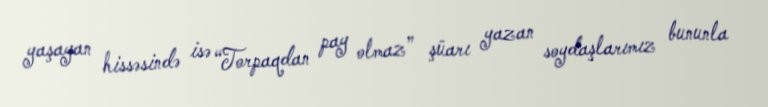
yaşayan hissəsində isə “Torpaqdan pay olmaz” şüarı yazan soydaşlarımız bununla